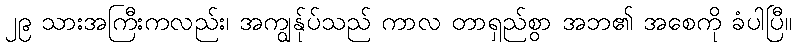
၂၉ သားအကြီးကလည်း၊ အကျွန်ုပ်သည် ကာလ တာရှည်စွာ အဘ၏ အစေကို ခံပါပြီ။